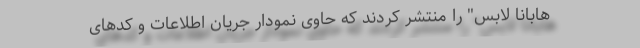
هابانا لابس" را منتشر کردند که حاوی نمودار جریان اطلاعات و کدهای